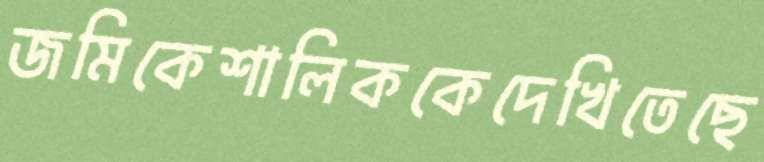
জমিকেশালিককেদেখিতেছে